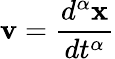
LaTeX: {\mathbf v}=\frac{d^{\alpha}{\mathbf x}}{dt^{\alpha}}